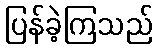
ပြန်ခဲ့ကြသည်